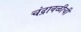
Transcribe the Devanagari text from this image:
चंद्रावळीची